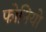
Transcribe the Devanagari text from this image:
फोनियो